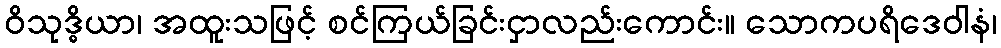
ဝိသုဒ္ဓိယာ၊ အထူးသဖြင့် စင်ကြယ်ခြင်းငှာလည်းကောင်း။ သောကပရိဒေဝါနံ၊